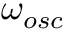
\omega _ { o s c }